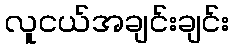
လူငယ်အချင်းချင်း